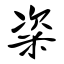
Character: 粢